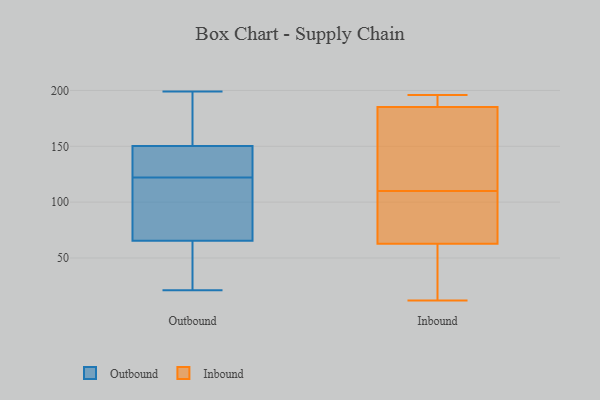
{"axis": {"x": "Market Share (%)", "y": "Value"}, "legend": ["Inbound", "Outbound"], "data": [{"x": "", "y": 151, "type": "Outbound"}, {"x": "", "y": 125, "type": "Outbound"}, {"x": "", "y": 122, "type": "Outbound"}, {"x": "", "y": 160, "type": "Outbound"}, {"x": "", "y": 199, "type": "Outbound"}, {"x": "", "y": 21, "type": "Outbound"}, {"x": "", "y": 122, "type": "Outbound"}, {"x": "", "y": 124, "type": "Outbound"}, {"x": "", "y": 193, "type": "Outbound"}, {"x": "", "y": 46, "type": "Outbound"}, {"x": "", "y": 150, "type": "Outbound"}, {"x": "", "y": 72, "type": "Outbound"}, {"x": "", "y": 67, "type": "Outbound"}, {"x": "", "y": 42, "type": "Outbound"}, {"x": "", "y": 85, "type": "Outbound"}, {"x": "", "y": 61, "type": "Outbound"}, {"x": "", "y": 148, "type": "Outbound"}, {"x": "", "y": 61, "type": "Inbound"}, {"x": "", "y": 148, "type": "Inbound"}, {"x": "", "y": 103, "type": "Inbound"}, {"x": "", "y": 187, "type": "Inbound"}, {"x": "", "y": 193, "type": "Inbound"}, {"x": "", "y": 62, "type": "Inbound"}, {"x": "", "y": 110, "type": "Inbound"}, {"x": "", "y": 65, "type": "Inbound"}, {"x": "", "y": 12, "type": "Inbound"}, {"x": "", "y": 87, "type": "Inbound"}, {"x": "", "y": 174, "type": "Inbound"}, {"x": "", "y": 196, "type": "Inbound"}, {"x": "", "y": 189, "type": "Inbound"}, {"x": "", "y": 180, "type": "Inbound"}, {"x": "", "y": 38, "type": "Inbound"}]}